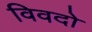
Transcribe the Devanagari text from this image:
विवदो